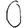
Digit: 0